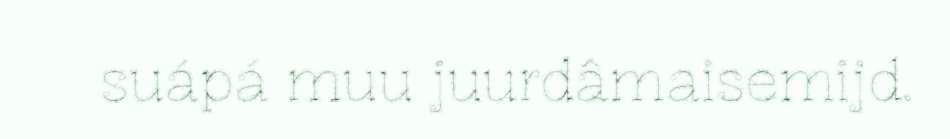
suápá muu juurdâmaisemijd.